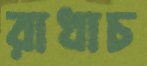
রাধাচ